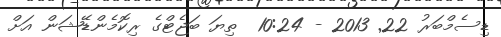
ޑިސެމްބަރު 22